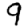
Digit: 9